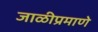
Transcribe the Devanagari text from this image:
जाळीप्रमाणे